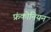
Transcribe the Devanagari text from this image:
फ्रंकोनियन